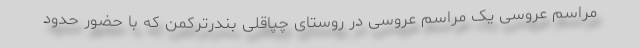
مراسم عروسی یک مراسم عروسی در روستای چپاقلی بندرترکمن که با حضور حدود